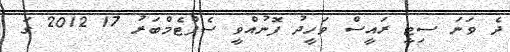
ދެ ވަނަ ސިޓީ ރައީސް ވަހީދު ފޮނުއްވީ ސެޕްޓެމްބަރު 17 2012 ގަ